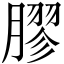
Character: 膠